Leaving Certificate, 1896
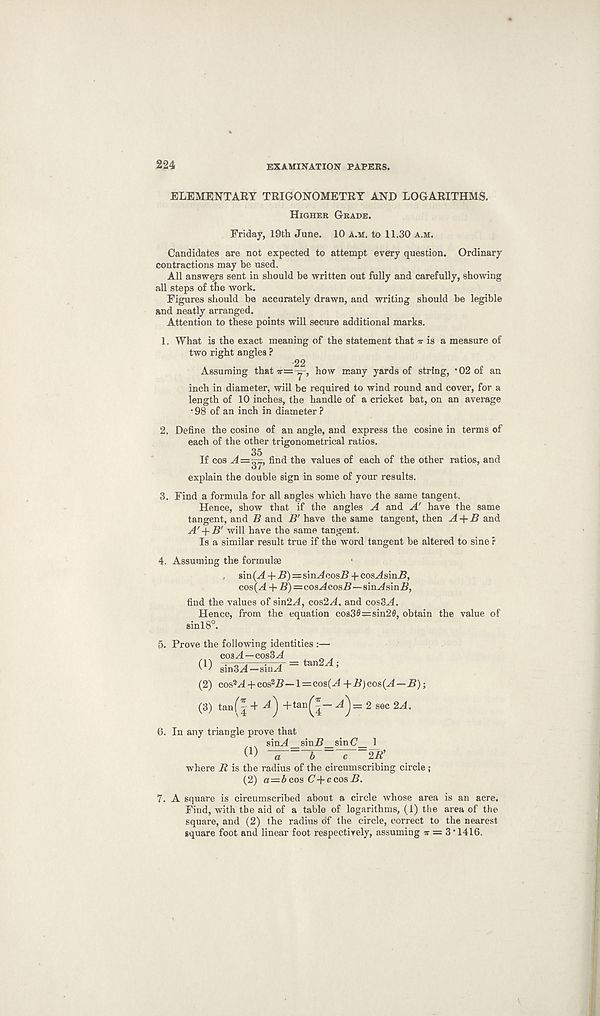
224
EXAMINATION PAPERS.
ELEMENTARY TRIGONOMETRY AND LOGARITHMS.
Higher Grade.
Friday, 19th June. 10 a.m. to 11.30 a.m.
Candidates are not expected to attempt every question. Ordinary
contractions may be used.
All answers sent in should be written out fully and carefully, showing
all steps of the work.
Figures should be accurately drawn, and writing should be legible
and neatly arranged.
Attention to these points will secure additional marks.
1. What is the exact meaning of the statement that tt is a measure of
two right angles ? ■ 22
Assuming that
how many yards of string, *02 of an
inch in diameter, will be required to wind round and cover, for a
length of 10 inches, the handle of a cricket bat, on an average
• 98 of an inch in diameter ?
2. Define the cosine of an angle, and express the cosine in terms of
each of the other trigonometrical ratios.
If cos A=gj, find the values of each of the other ratios, and
explain the double sign in some of your results.
3. Find a formula for all angles which have the same tangent.
Hence, show that if the angles A and A' have the same
tangent, and B and B' have the same tangent, then A + B and
A' + B’ will have the same tangent.
Is a similar result true if the word tangent be altered to sine r
4. Assuming the formulge
, sin {A + B)—sim4cosi? cosAsinB,
cos(A + B) —cosAcosB—sinAsinB,
find the values of sin2^4, cos2^4. and cos3A.
Hence, from the equation cos30=sin20, obtain the value of
sin 18°.
5. Prove the following identities :—
cos^4—cos3^4
„ „
O dnS^-sin^l =^2 A :
(2) cos 2 A + cos 2 #—l=cosG4 -f i^Jcos^—B);
(3) tanf^ + -f tan^-
^ sec
6. In any triangle prove that
x sim4_sinI?_sinC’_ 1
(j) _ g c -2B’
where B is the radius of the circumscribing circle ;
(2) a=6cos C+ccosB.
7. A square is circumscribed about a circle whose area is an acre.
Find, with the aid of a table of logarithms, (1) the area of the
square, and (2) the radius df the circle, correct to the nearest
square foot and linear foot respectively, assuming ir = 3 ‘ 1416.